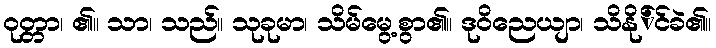
ဝုတ္တာ၊ ၏။ သာ၊ သည်။ သုခုမာ၊ သိမ်မွေ့စွာ၏။ ဒုဝိညေယျာ၊ သိနို်င်ခဲ၏။